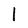
Character: 1